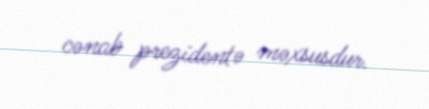
cənab prezidentə məxsusdur.